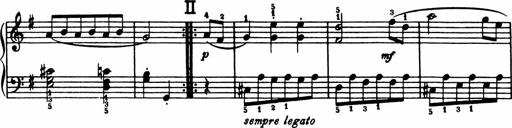
Title: Analytical Sonatinas
Composer: Frank Lynes